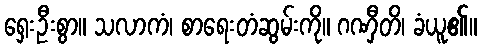
ရှေးဦးစွာ။ သလာကံ၊ စာရေးတံဆွမ်းကို။ ဂဏှီတိ၊ ခံယူ၏။